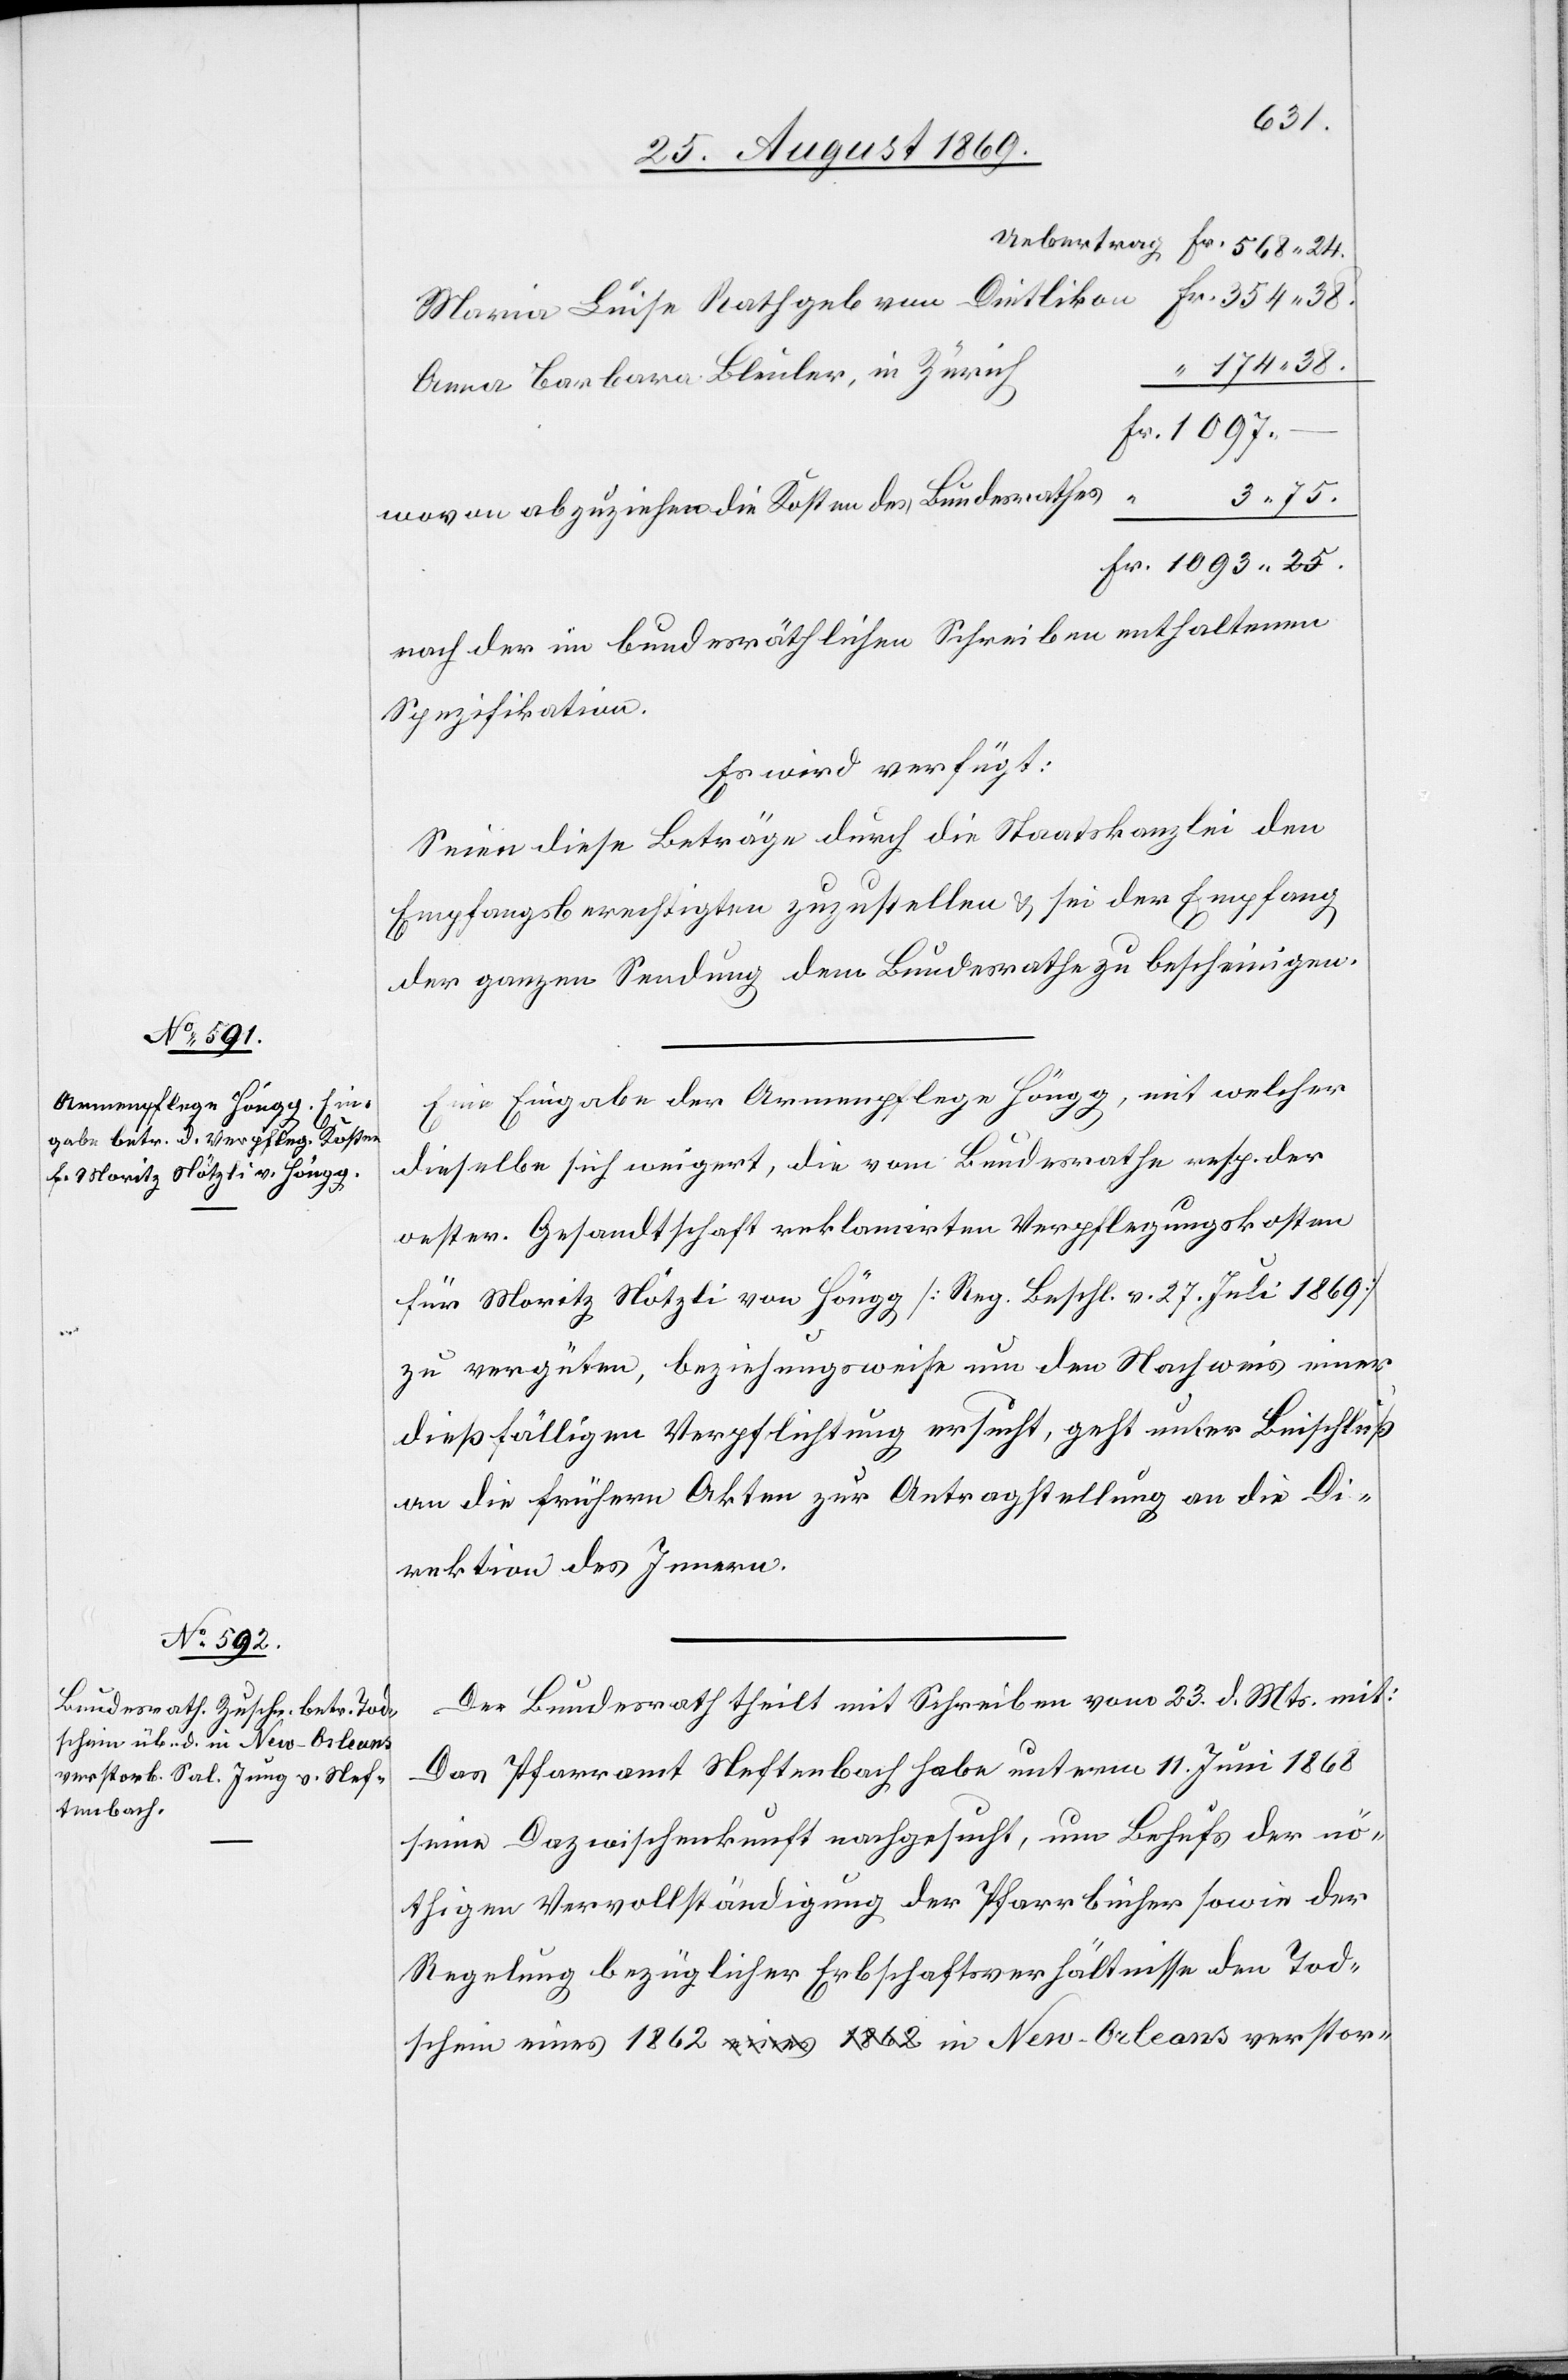
38.
26. August 1869.]
Uebertrag
Maria Luise Rathgeb von Dietlikon
174 38.
Anna Barbara Bleuler, in Zürich
3 75.
wovon abzuziehen die Kosten des Bundesrathes
nach der im bundesräthlichen Schreiben enthaltenen
Spezifikation.
Es wird verfügt:
Seien diese Beträge durch die Staatskanzlei den
Empfangsberechtigten zuzustellen & sei der Empfang
der ganzen Sendung dem Bundesrathe zu bescheinigen.
Eine Eingabe der Armenpflege Höngg, mit welcher
25.
dieselbe sich weigert, die vom Bundesrathe resp. der
oester. Gesandtschaft reklamirten Verpflegungskosten
für Moritz Nötzli von Höngg [Reg. Beschl. v. 27. Juli 1869]
zu vergüten, beziehungsweise um den Nachweis einer
dießfälligen Verpflichtung ersucht, geht unter Beschluß
an die frühern Akten zur Antragstellung an die Di¬
rektion des Innern.
Der Bundesrath theilt mit Schreiben vom 23. d. Mts. mit:
Das Pfarramt Neftenbach habe unterm 11. Juni 1868
seine Dazwischenkunft nachgesucht, um Behufs der nö¬
thigen Vervollständigung der Pfarrbücher sowie der
Regelung bezüglicher Erbschaftsverhältnisse den Tod¬
schein eines 1862 in New-Orleans verstor-